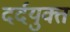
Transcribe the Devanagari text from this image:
दर्दयुक्त